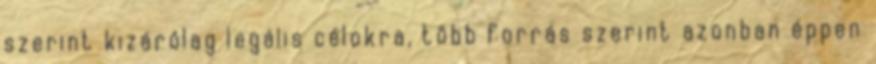
szerint kizárólag legális célokra, több forrás szerint azonban éppen